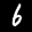
Label: 6